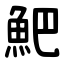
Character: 䰾